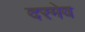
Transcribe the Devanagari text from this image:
दरमेव